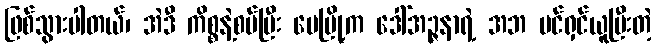
ဖြစ်သွားပါတယ်၊ အဲဒီ ကိစ္စနဲ့စပ်ပြီး မေမြို့က ဒေါ်အဉ္ဇနာရဲ့ အဘ ပင်ရှင်ယူပြီးတဲ့